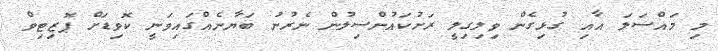
މި މައްސަލަ އާއި ގުޅިގެން ވިލިގިލީ ރަށުކައުންސިލުން ނެރުނު ބަޔާނެއްގައިވަނީ ކޮވިޑަށް ޕޮޒިޓިވް